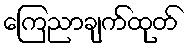
ကြေညာချက်ထုတ်